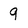
Character: 9